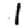
Digit: 1